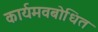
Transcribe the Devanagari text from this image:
कार्यमवबोधित